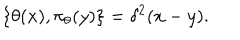
\{ \theta ( x ) , \pi _ { \theta } ( y ) \} = \delta ^ { 2 } ( x - y ) .